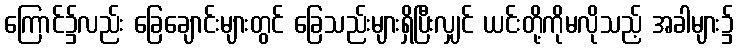
ကြောင်၌လည်း ခြေချောင်းများတွင် ခြေသည်းများရှိပြီးလျှင် ယင်းတို့ကိုမလိုသည့် အခါများ၌